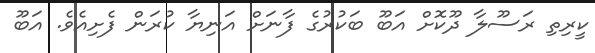
ކީރިތި ރަސޫލާ ދޫކޮށް އަބޫ ބަކުރުގެ ފާނަށް އަނިޔާ ކުރަން ފެށިއެވެ. އަބޫ